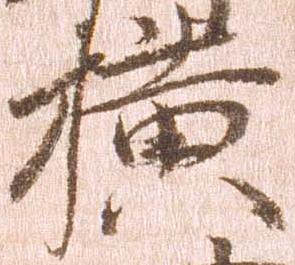
横